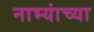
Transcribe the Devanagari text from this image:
नाभ्यांच्या